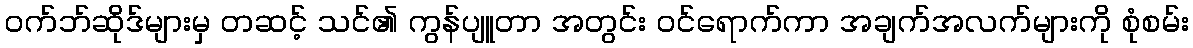
ဝက်ဘ်ဆိုဒ်များမှ တဆင့် သင်၏ ကွန်ပျူတာ အတွင်း ဝင်ရောက်ကာ အချက်အလက်များကို စုံစမ်း